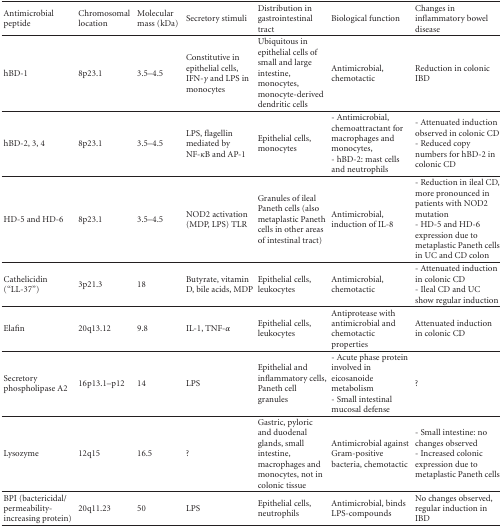
| Antimicrobial peptide | Chromosomal location | Molecular mass (kDa) | Secretory stimuli | Distribution in gastrointestinal tract | Biological function | Changes in inflammatory bowel disease |
 | --- | --- | --- | --- | --- | --- | --- |
 | hBD-1 | 8p23.1 | 3.5–4.5 | Constitutive in epithelial cells, IFN-γ and LPS in monocytes | Ubiquitous in epithelial cells of small and large intestine, monocytes, monocyte-derived dendritic cells | Antimicrobial, chemotactic | Reduction in colonic IBD |
 | hBD-2, 3, 4 | 8p23.1 | 3.5–4.5 | LPS, flagellin mediated by NF-κB and AP-1 | Epithelial cells, monocytes | - Antimicrobial, chemoattractant for macrophages and monocytes, - hBD-2: mast cells and neutrophils | - Attenuated induction observed in colonic CD- Reduced copy numbers for hBD-2 in colonic CD |
 | HD-5 and HD-6 | 8p23.1 | 3.5–4.5 | NOD2 activation (MDP, LPS) TLR | Granules of ileal Paneth cells (also metaplastic Paneth cells in other areas of intestinal tract) | Antimicrobial, induction of IL-8 | - Reduction in ileal CD, more pronounced in patients with NOD2 mutation- HD-5 and HD-6 expression due to metaplastic Paneth cells in UC and CD colon |
 | Cathelicidin (“LL-37”) | 3p21.3 | 18 | Butyrate, vitamin D, bile acids, MDP | Epithelial cells, leukocytes | Antimicrobial, chemotactic | - Attenuated induction in colonic CD- Ileal CD and UC show regular induction |
 | Elafin | 20q13.12 | 9.8 | IL-1, TNF-α | Epithelial cells, leukocytes | Antiprotease with antimicrobial and chemotactic properties | Attenuated induction in colonic CD |
 | Secretory phospholipase A2 | 16p13.1–p12 | 14 | LPS | Epithelial and inflammatory cells, Paneth cell granules | - Acute phase protein involved in eicosanoide metabolism- Small intestinal mucosal defense | ? |
 | Lysozyme | 12q15 | 16.5 | ? | Gastric, pyloric and duodenal glands, small intestine, macrophages and monocytes, not in colonic tissue | Antimicrobial against Gram-positive bacteria, chemotactic | - Small intestine: no changes observed - Increased colonic expression due to metaplastic Paneth cells |
 | BPI (bactericidal/permeability-increasing protein) | 20q11.23 | 50 | LPS | Epithelial cells, neutrophils | Antimicrobial, binds LPS-compounds | No changes observed, regular induction in IBD |